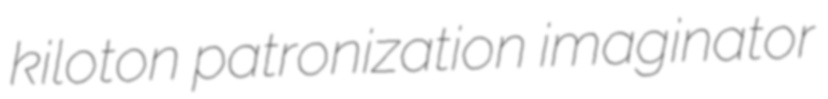
kiloton patronization imaginator